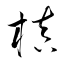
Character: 槇